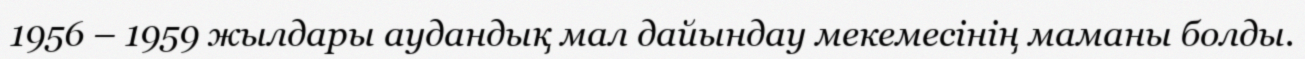
1956 – 1959 жылдары аудандық мал дайындау мекемесінің маманы болды.